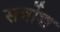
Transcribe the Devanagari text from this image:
सर्बोच्च